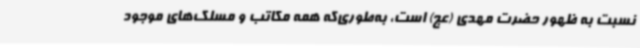
نسبت به ظهور حضرت مهدی (عج) است، به‌طوری‌که همه مکاتب و مسلک‌های موجود